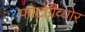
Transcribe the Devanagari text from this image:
फोटोग्रैव्योर